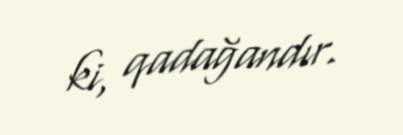
ki, qadağandır.